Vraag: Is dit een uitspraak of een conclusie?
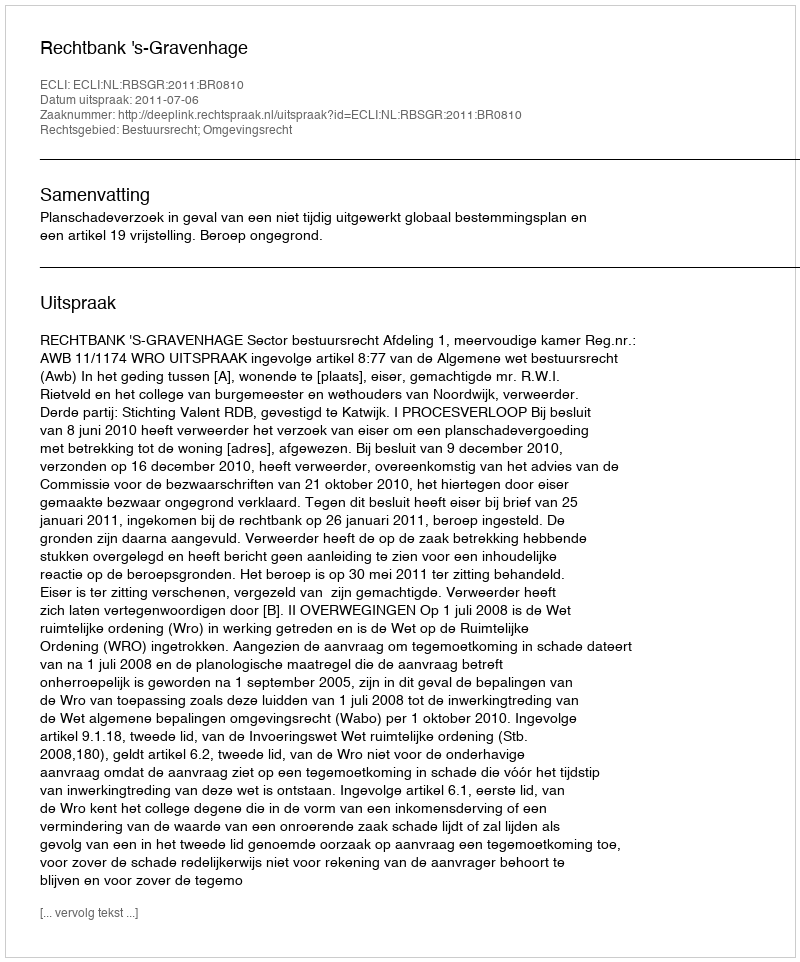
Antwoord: Uitspraak